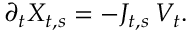
\partial _ { t } X _ { t , s } = - J _ { t , s } \, V _ { t } .